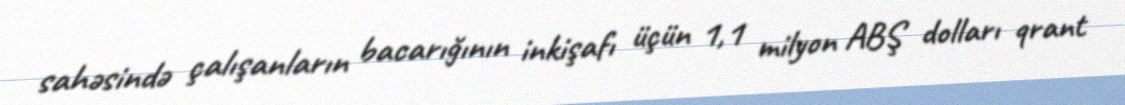
sahəsində çalışanların bacarığının inkişafı üçün 1,1 milyon ABŞ dolları qrant